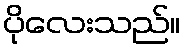
ပိုလေးသည်။